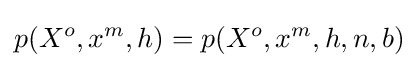
p(X^{o},x^{m},h)=p(X^{o},x^{m},h,n,b)